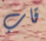
قاب